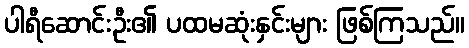
ပါရီဆောင်းဦး၏ ပထမဆုံးနှင်းများ ဖြစ်ကြသည်။